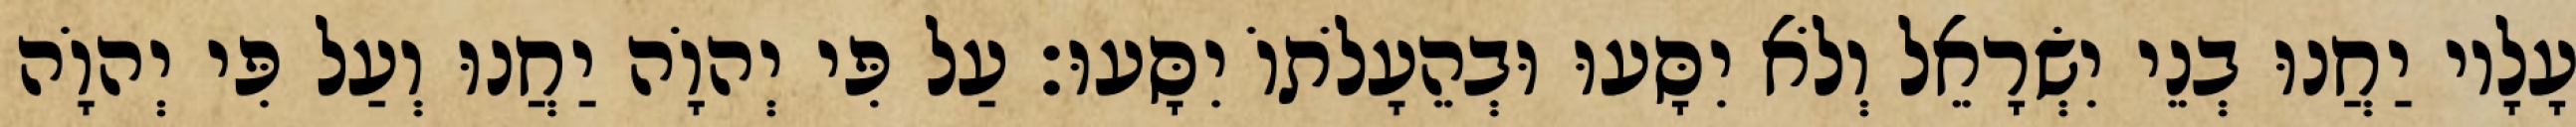
עָלָיו יַחֲנוּ בְנֵי יִשְׂרָאֵל וְלֹא יִסָּעוּ וּבְהֵעָלֹתוֹ יִסָּעוּ׃ עַל פִּי יְהוָֹה יַחֲנוּ וְעַל פִּי יְהוָֹה